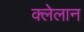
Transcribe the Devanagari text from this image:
क्लेलान